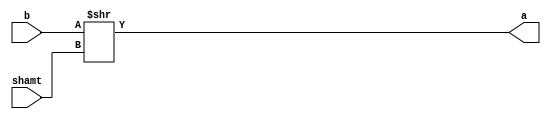
module shiftRLogical( 
	 output [15:0] a,
    input [15:0] b,
    input [3:0] shamt );

   assign a = b >> shamt;

endmodule